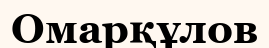
Омарқұлов